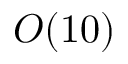
O ( 1 0 )